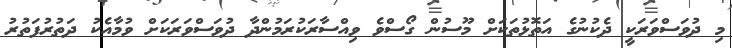
މި ދުވަސްވަރަކީ ދެކުނުގެ އަތޮޅުތަކަށް މޫސުން ގޯސްވެ ވިއްސާރަކުރަމުންދާ ދުވަސްވަރަކަށް ވުމާއެކު ދަތުރުފަތުރު